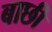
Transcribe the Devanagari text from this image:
बाछी